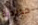
حديدية